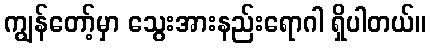
ကျွန်တော့်မှာ သွေးအားနည်းရောဂါ ရှိပါတယ်။